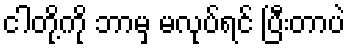
ငါတို့ကို ဘာမှ မလုပ်ရင် ပြီးတာပဲ